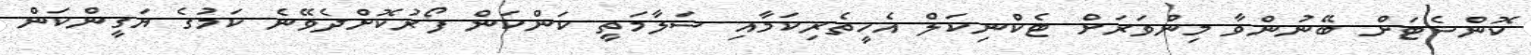
ކޮންސެޓަށް ބޭނުންވާ މިންވަރަށް ޓެކްނިކަލް އެހީތެރިކަމާއި ސަލާމަތީ ކަންކަން ފޯރުކޮށްދެވޭނެ ކަމުގެ ޔަގީންކަން